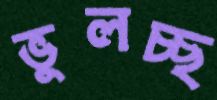
ভুলচ্ছ